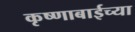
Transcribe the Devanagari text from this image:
कृष्णाबाईच्या